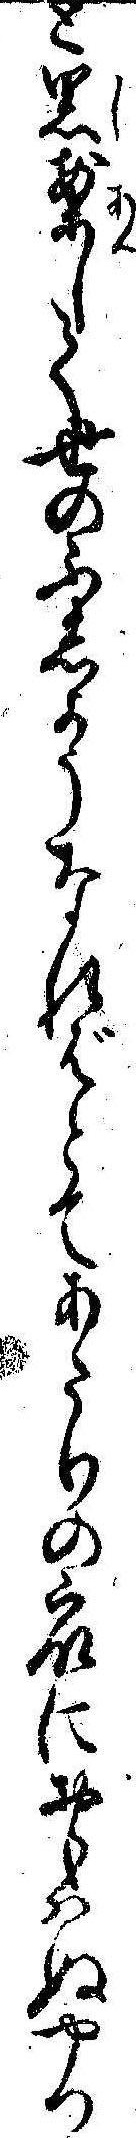
と思案して世のふしようなればとてあたりの衆におもはぬやつ